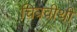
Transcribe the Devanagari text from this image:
चित्रवीथी